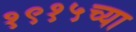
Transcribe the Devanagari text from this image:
१९१५च्या